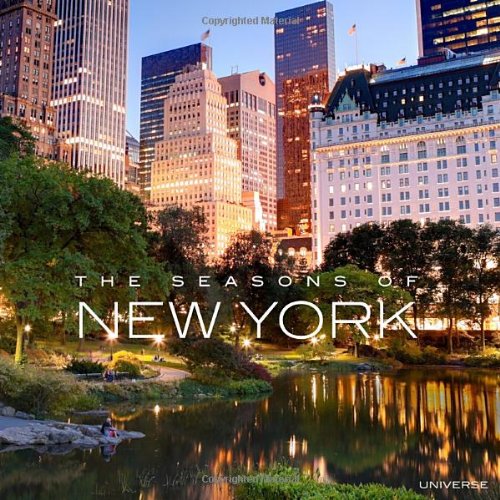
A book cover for The Seasons of New York; Charles J. Ziga; Arts & Photography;